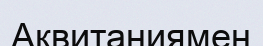
Аквитаниямен